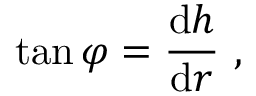
\tan \varphi = { \frac { \mathrm { d } h } { \mathrm { d } r } } \ ,